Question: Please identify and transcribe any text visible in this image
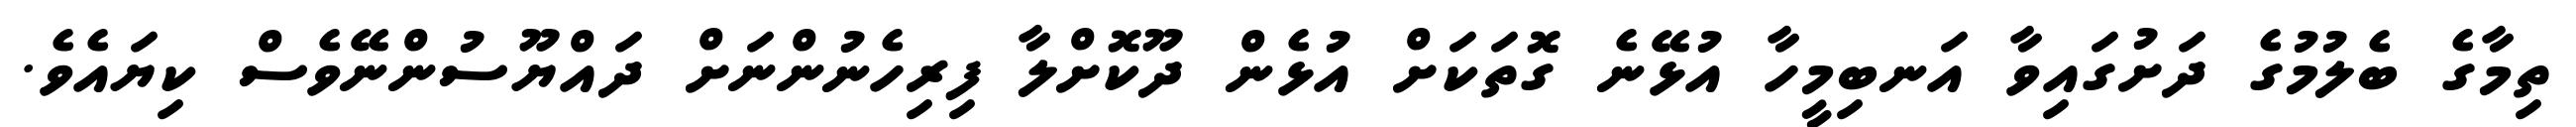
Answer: ތިމާގެ ބެލުމުގެ ދަށުގައިވާ އަނބިމީހާ އުޅޭނެ ގޮތަކަށް އުޅެން ދޫކޮށްލާ ފިރިހެނުންނަށް ދައްޔޫސުންނޭވެސް ކިޔައެވެ.